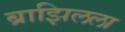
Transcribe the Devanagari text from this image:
ब्राझिलला